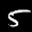
Label: 5